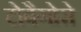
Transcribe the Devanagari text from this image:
टोबैगोसे